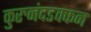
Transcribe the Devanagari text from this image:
कुरुनंदडक्कन